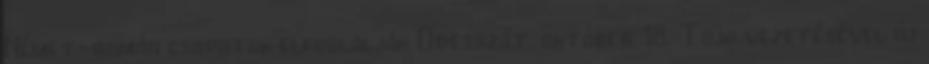
Német-román csapatok elfoglalják Odesszát. október 18. Tojo vezetésével új